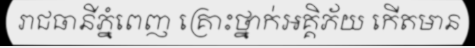
រាជធានីភ្នំពេញ គ្រោះថ្នាក់អគ្គិភ័យ កើតមាន